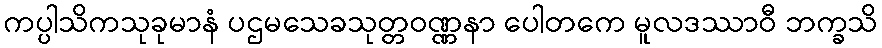
ကပ္ပါသိကသုခုမာနံ ပဌမသေခသုတ္တဝဏ္ဏနာ ပေါတကေ မူလဒဿာဝီ ဘက္ခသိ